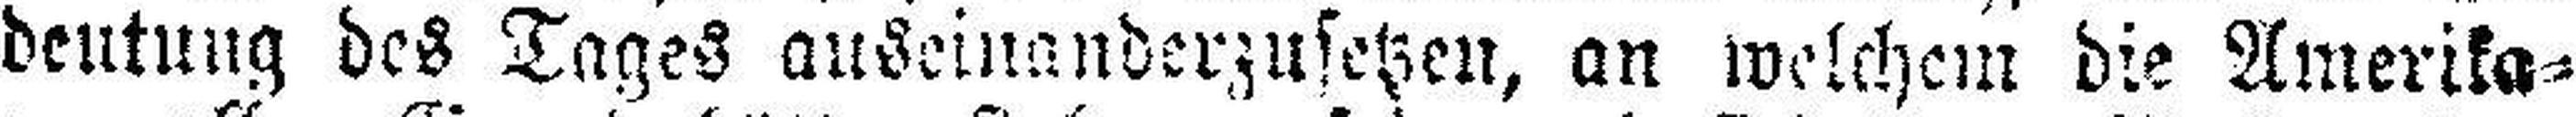
deutung des Tages auseinanderzusetzen, an welchem die Amerika¬